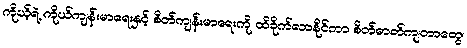
ကိုယ့်ရဲ့ ကိုယ်ကျန်းမာရေးနှင့် စိတ်ကျန်းမာရေးကို ထိခိုက်လာနိုင်ကာ စိတ်ဓာတ်ကျတာတွေ၊